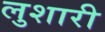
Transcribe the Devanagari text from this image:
लुशारी